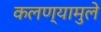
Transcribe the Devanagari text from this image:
कलण्यामुले